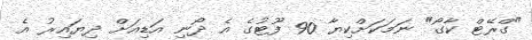
"ގްރޭޓް ކާގޯ" ނަމަކަށްކިޔާ 90 ފޫޓުގެ އެ ދޯނި އަޑިއަށް ދިޔައިރު އެ